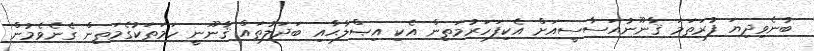
ބުނެވިދިޔަ ފުރަތަމަ ޤާނޫނުއަސާސީއަށް އެކިފަހަރުމަތިން އެކި އިޞްލާޙާއި ބަދަލުތައް ޤާނޫނީ ހަމަތަކުގެމަތިން ގެނެވެމުން